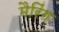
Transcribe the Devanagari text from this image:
मैरिंग